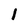
Character: I